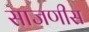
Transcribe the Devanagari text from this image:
साजणीस